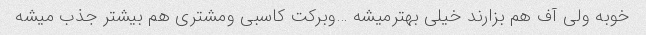
خوبه ولی آف هم بزارند خیلی بهترمیشه …وبرکت کاسبی ومشتری هم بیشتر جذب میشه